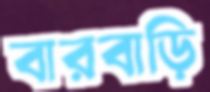
বারবাড়ি